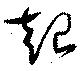
起